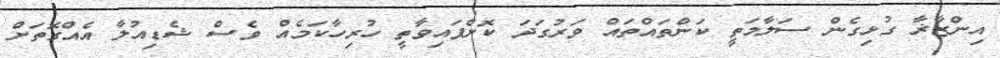
އިންޒާޜާ ގުޅިގެން ސަލާމަތީ ކަންތައްތައް ވަރުގަދަ ކޮށްފައިވާތީ ހުރިހާކަމެއް ވެސް ޝެޑިއުލާ އެއްގޮތަށް